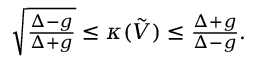
\begin{array} { r } { \sqrt { \frac { \Delta - g } { \Delta + g } } \le \kappa ( \tilde { V } ) \le \frac { \Delta + g } { \Delta - g } . } \end{array}